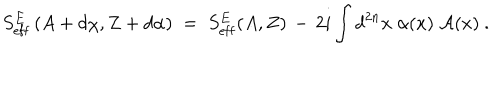
S _ { \mathrm { e f f } } ^ { E } \left( A + d \chi , Z + d \alpha \right) \; = \; S _ { \mathrm { e f f } } ^ { E } ( A , Z ) \, - \, 2 i \int d ^ { 2 n } x \; \alpha ( x ) \; { \mathcal A } ( x ) ~ .